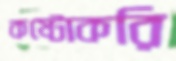
কষ্টোকরি